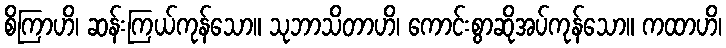
စိကြာဟိ၊ ဆန်းကြယ်ကုန်သော။ သုဘာသိတာဟိ၊ ကောင်းစွာဆိုအပ်ကုန်သော။ ကထာဟိ၊